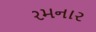
રમનાર